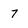
Character: 7